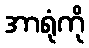
အာရုံကို